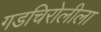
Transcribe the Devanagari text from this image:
गडचिरोलीला